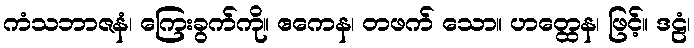
ကံသဘာဇနံ၊ ကြေးခွက်ကို။ ဧကေန၊ တဖက် သော။ ဟတ္ထေန၊ ဖြင့်။ ဒဠံ၊